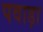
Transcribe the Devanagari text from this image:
पवाड़ा